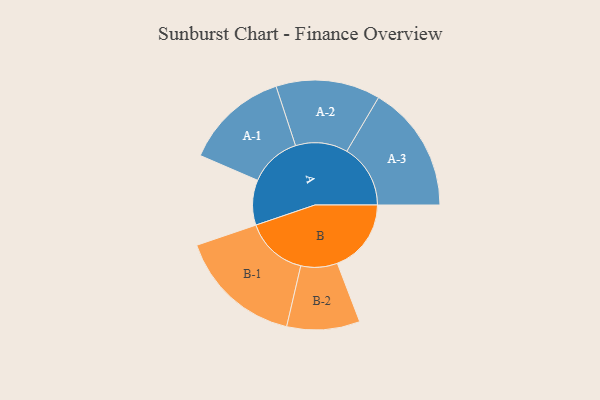
{"axis": {"x": "Segment", "y": "Value"}, "legend": ["", "A", "B"], "data": [{"x": "A", "y": 158, "type": ""}, {"x": "B", "y": 259, "type": ""}, {"x": "A-1", "y": 182, "type": "A"}, {"x": "A-2", "y": 183, "type": "A"}, {"x": "A-3", "y": 223, "type": "A"}, {"x": "B-1", "y": 218, "type": "B"}, {"x": "B-2", "y": 128, "type": "B"}]}